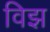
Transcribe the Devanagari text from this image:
विझ